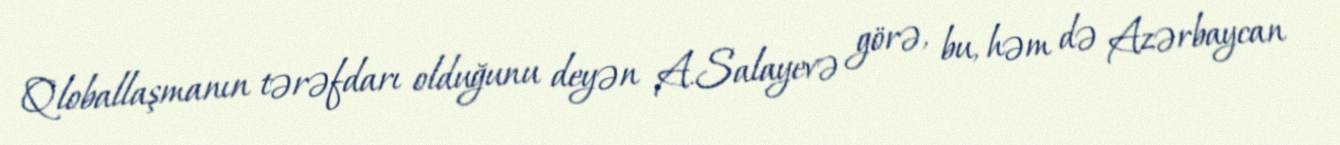
Qloballaşmanın tərəfdarı olduğunu deyən A.Salayevə görə, bu, həm də Azərbaycan